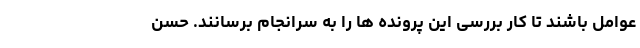
عوامل باشند تا کار بررسی این پرونده ها را به سرانجام برسانند. حسن